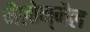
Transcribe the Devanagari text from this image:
मैलोन्‌मैल